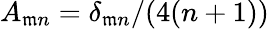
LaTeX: A_{\mathfrak{m}n}=\delta_{\mathfrak{m}n}/(4(n+1))